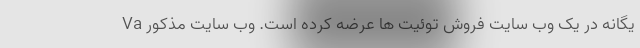
یگانه در یک وب سایت فروش توئیت ها عرضه کرده است. وب سایت مذکور Va